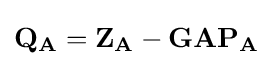
\mathbf {Q_{A}} =\mathbf {Z_{A}} -\mathbf {GAP_{A}}